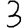
Digit: 3